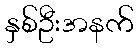
နှစ်ဦးအနက်